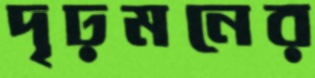
দৃঢ়মনের